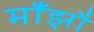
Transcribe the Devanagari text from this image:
माँझौ